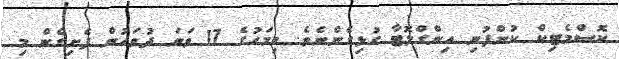
ކޮސްމެޓިކް ކުންފުނި އިންގްލޮޓާ ގުޅިގެންނެވެ. މިމަހުގެ 17 ވަނަ ދުވަހުން ފެށިގެން މި